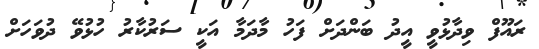
ރައޫފް ވިދާޅުވީ އީދު ބަންދަށް ފަހު މާދަމާ އަކީ ސަރުކާރު ހުޅުވޭ ދުވަހަށް